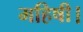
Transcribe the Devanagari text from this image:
महिषी।